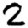
Digit: 2